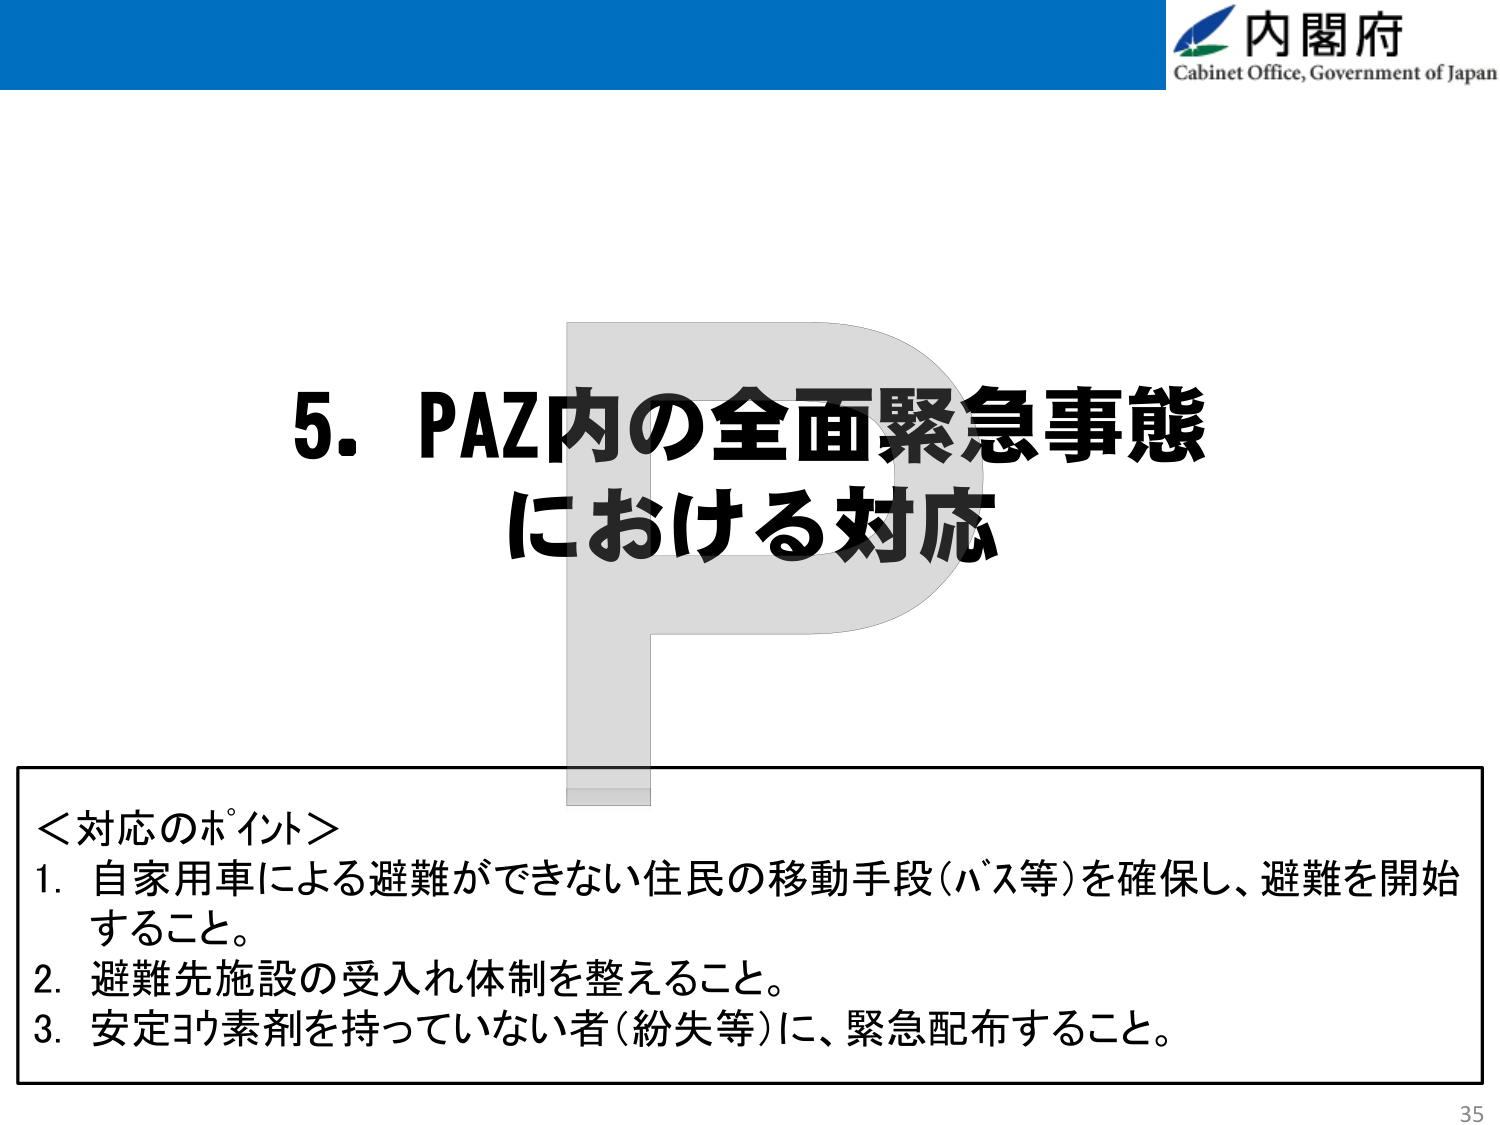
内閣府
Cabinet Office, Government of Japan

5. PAZ内の全面緊急事態
における対応

＜対応のポイント＞
1. 自家用車による避難ができない住民の移動手段（バス等）を確保し、避難を開始すること。
2. 避難先施設の受入れ体制を整えること。
3. 安定ヨウ素剤を持っていない者（紛失等）に、緊急配布すること。

35